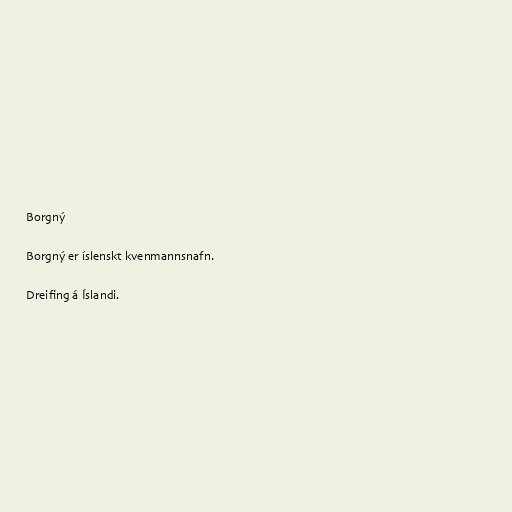
Borgný

Borgný er íslenskt kvenmannsnafn.

Dreifing á Íslandi.